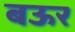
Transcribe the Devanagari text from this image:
बऊर